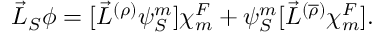
\vec { L } _ { S } \phi = [ { \vec { L } } ^ { ( \rho ) } { \psi } _ { S } ^ { m } ] { \chi } _ { m } ^ { F } + { \psi } _ { S } ^ { m } [ { \vec { L } } ^ { ( \overline { { { \rho } } } ) } { \chi } _ { m } ^ { F } ] .